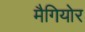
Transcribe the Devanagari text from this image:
मैगियोर